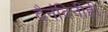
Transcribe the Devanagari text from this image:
दैनंदिनीही